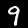
Label: 9